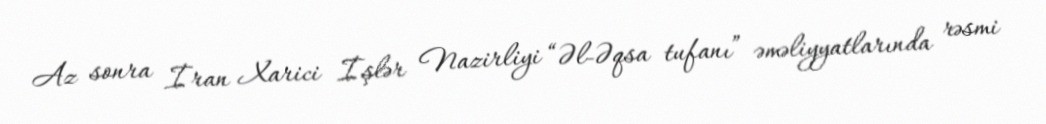
Az sonra İran Xarici İşlər Nazirliyi “Əl-Əqsa tufanı” əməliyyatlarında rəsmi